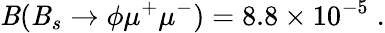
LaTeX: {\cal\mathit{B}}(\mathit{B}_{s}\to\phi\mu^{+}\mu^{-})=8.8\times10^{-5}\; .